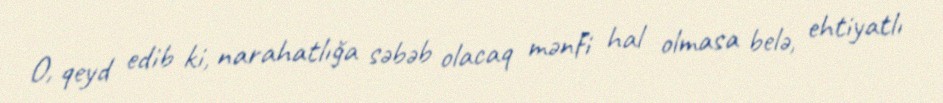
O, qeyd edib ki, narahatlığa səbəb olacaq mənfi hal olmasa belə, ehtiyatlı